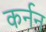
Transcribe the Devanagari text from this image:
कर्नन